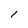
Character: 1